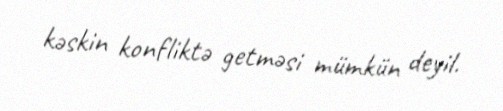
kəskin konfliktə getməsi mümkün deyil.